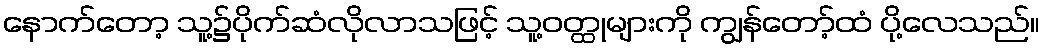
နောက်တော့ သူ့၌ပိုက်ဆံလိုလာသဖြင့် သူ့ဝတ္ထုများကို ကျွန်တော့်ထံ ပို့လေသည်။